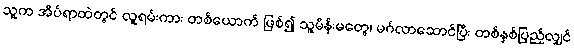
သူက အိပ်ရာထဲတွင် လူရမ်းကား တစ်ယောက် ဖြစ်၍ သူ့မိန်းမတွေ၊ မင်္ဂလာဆောင်ပြီး တစ်နှစ်ပြည့်လျှင်